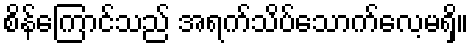
စိန်ကြောင်သည် အရက်သိပ်သောက်လေ့မရှိ။